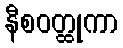
နီစဝတ္ထုကာ